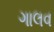
ગાલવ